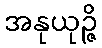
အနုယုဉ္ဇိ